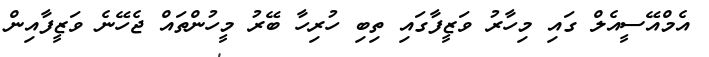
އެމްއޭސީއެލް ގައި މިހާރު ވަޒީފާގައި ތިބި ހުރިހާ ބޭރު މީހުންތައް ޖެހޭނެ ވަޒީފާއިން